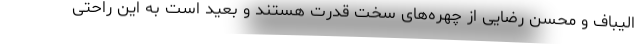
الیباف و محسن رضایی از چهره‌های سخت قدرت هستند و بعید است به این راحتی